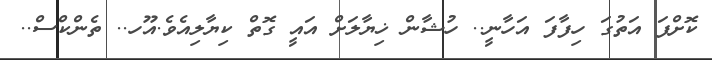
ކޮށްފަ އަތުގަ ހިފާފަ އަހާނީ.. ހުޝާން ޚިޔާލަށް އައީ ގޮތް ކިޔާލިއެވެ.އޫހ.. ތެންކްސް..